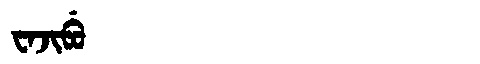
Manchu: ᠸᠠᠵᡳᠪᡠ
Romanization: WAJIBU